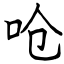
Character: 呛